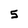
Character: 5